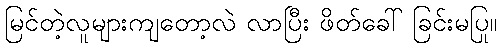
မြင်တဲ့လူများကျတော့လဲ လာပြီး ဖိတ်ခေါ် ခြင်းမပြု။